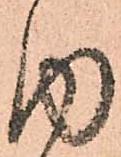
内